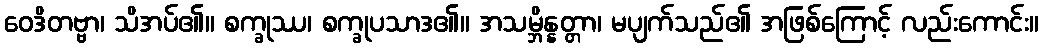
ဝေဒိတဗ္ဗာ၊ သိအပ်၏။ စက္ခုဿ၊ စက္ခုပသာဒ၏။ အသမ္ဘိန္နတ္တာ၊ မပျက်သည်၏ အဖြစ်ကြောင့် လည်းကောင်း။